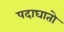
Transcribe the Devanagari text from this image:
पदाघातो